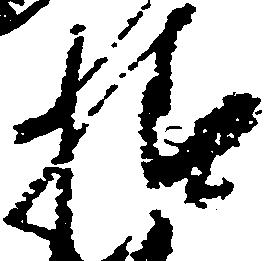
様